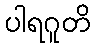
ပါရဂူတိ